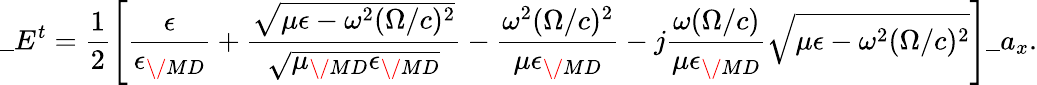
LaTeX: \_ E^{t}={\frac{1}{2}}\Bigg[{\frac{\epsilon}{\epsilon_{\/ {MD}}}}+{\frac{\sqrt{\mu\epsilon-\omega^{2}(\Omega/c)^{2}}}{\sqrt{\mu_{\/ {MD}}\epsilon_{\/ {MD}}}}}-{\frac{\omega^{2}(\Omega/c)^{2}}{\mu\epsilon_{\/ {MD}}}}-j{\frac{\omega(\Omega/c)}{\mu\epsilon_{\/ {MD}}}}\sqrt{\mu\epsilon-\omega^{2}(\Omega/c)^{2}}\Bigg]\_ a_{x}.